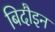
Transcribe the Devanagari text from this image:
बिदौइन